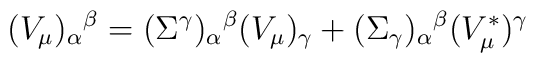
(V_\mu )_\alpha {}^\beta  = (\Sigma ^\gamma )_\alpha {}^\beta  (V_\mu)_\gamma  + (\Sigma _\gamma )_\alpha {}^\beta  (V^{*}_\mu )^\gamma